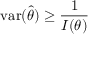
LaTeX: \operatorname { v a r } ( { \hat { \theta } } ) \geq { \frac { 1 } { I ( \theta ) } }